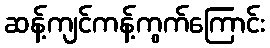
ဆန့်ကျင်ကန့်ကွက်ကြောင်း